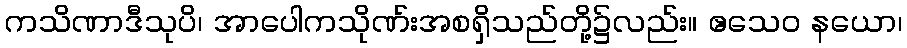
ကသိဏာဒီသုပိ၊ အာပေါကသိုဏ်းအစရှိသည်တို့၌လည်း။ ဧသေဝ နယော၊